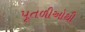
પૂતળીઓથી